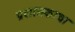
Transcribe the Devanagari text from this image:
प्रशासकाचा